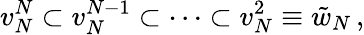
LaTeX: v_{N}^{N}\subset v_{N}^{N-1}\subset\cdots\subset v_{N}^{2}\equiv{\tilde{w}}_{N}\, ,